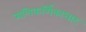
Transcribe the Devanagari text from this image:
मणिकर्णिकाघाट